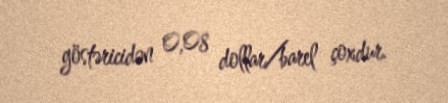
göstəricidən 0,08 dollar/barel çoxdur.